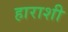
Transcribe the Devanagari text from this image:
हाराशी